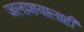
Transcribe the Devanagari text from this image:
जलाशयालाही